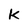
Character: K